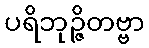
ပရိဘုဉ္ဇိတဗ္ဗာ